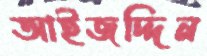
আইজদ্দিন